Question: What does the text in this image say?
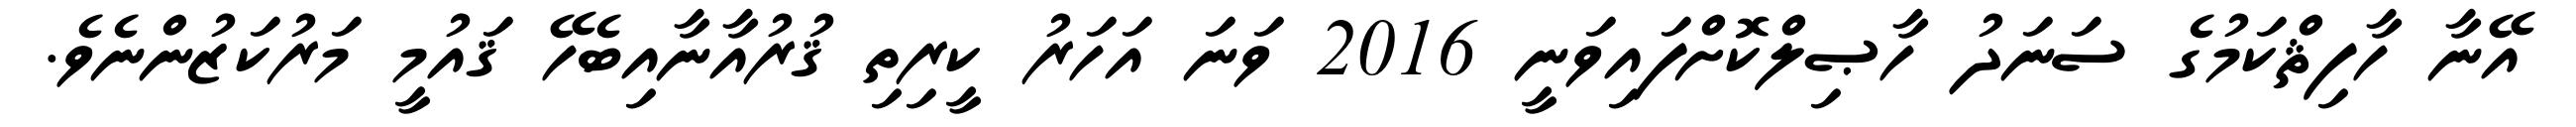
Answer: އޭނާ ހާފިޘްކަމުގެ ސަނަދު ހާޞިލްކޮށްފައިވަނީ 2016 ވަނަ އަހަރު ކީރިތި ޤުރުއާނާއިބެހޭ ޤައުމީ މަރުކަޒުންނެވެ.